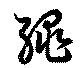
繩